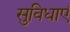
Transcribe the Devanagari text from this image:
सुविधाएं